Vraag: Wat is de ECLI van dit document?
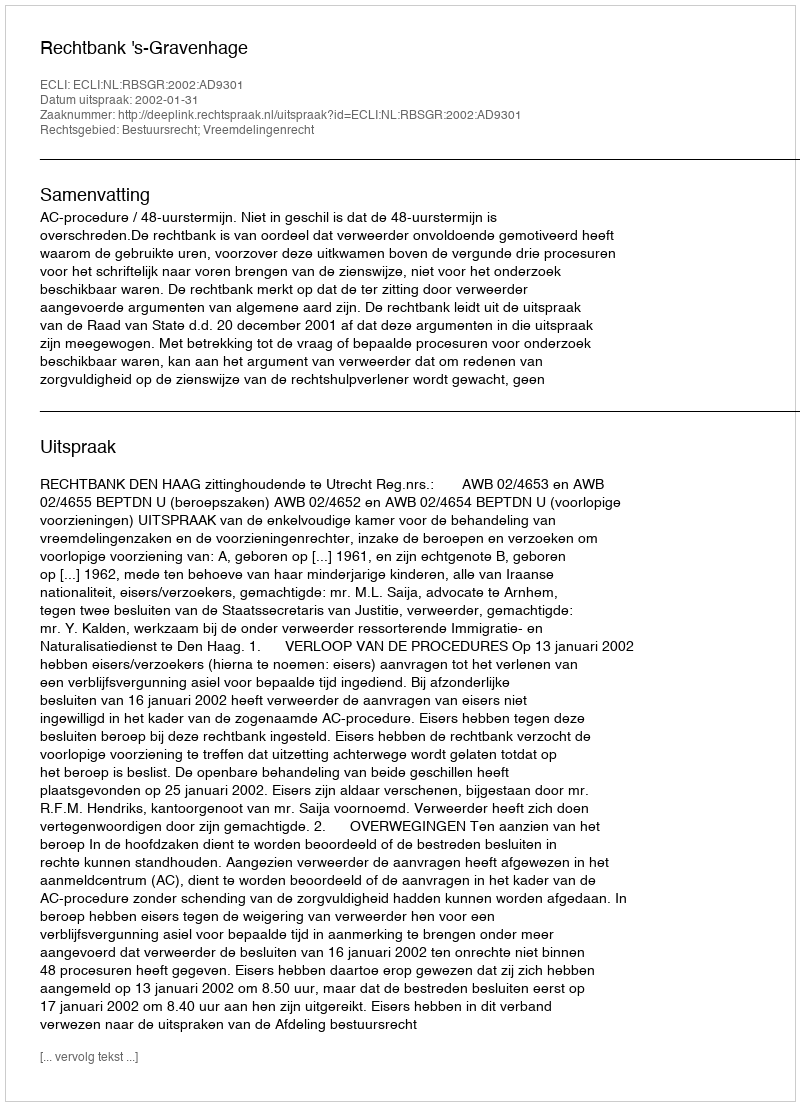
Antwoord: ECLI:NL:RBSGR:2002:AD9301